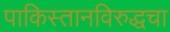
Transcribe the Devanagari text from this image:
पाकिस्तानविरुद्धचा